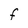
Character: F